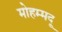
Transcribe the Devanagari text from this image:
मोहम्मदू